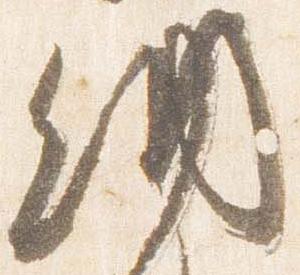
納